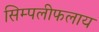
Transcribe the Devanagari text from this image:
सिम्पलीफलाय